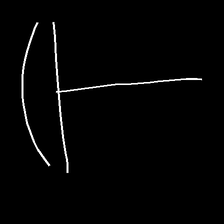
Glyph: dispersion